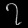
Digit: ၇